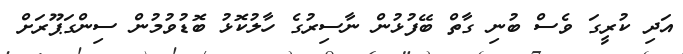
އަދި ކުރީގަ ވެސް ބުނި ގާތް ބޭފުޅުން ނާސިރުގެ ހާލުކޮޅު ބޮޑުވުމުން ސިންގަޕޫރަށް